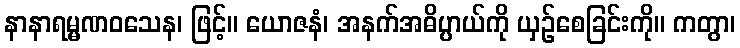
နာနာရမ္မဏဝသေန၊ ဖြင့်။ ယောဇနံ၊ အနက်အဓိပ္ပာယ်ကို ယှဉ်စေခြင်းကို။ ကတွာ၊